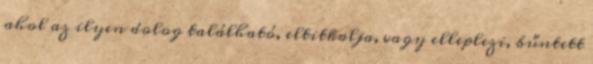
ahol az ilyen dolog található, eltitkolja, vagy elleplezi, bűntett